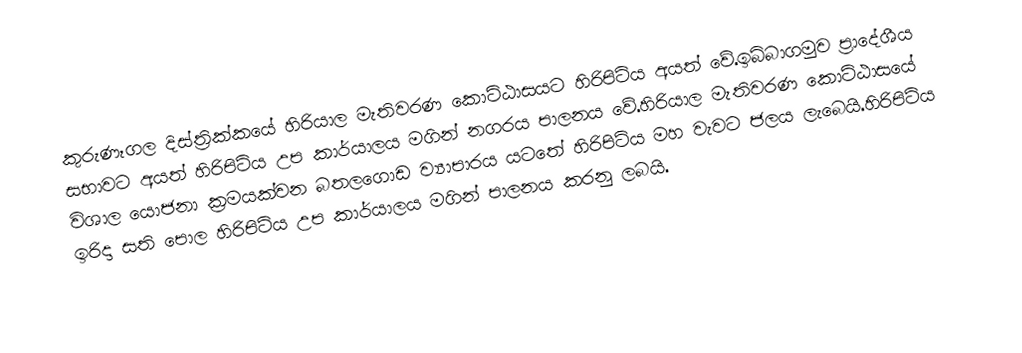
කුරුණෑගල දිස්ත්‍රික්කයේ හිරියාල මැතිවරණ කොට්ඨාසයට හිරිපිටිය අයත් වේ.ඉබ්බාගමුව ප්‍රාදේශීය සභාවට අයත් හිරිපිටිය උප කාර්යාලය මගින් නගරය පාලනය වේ.හිරියාල මැතිවරණ කොට්ඨාසයේ විශාල යොජනා ක්‍රමයක්වන බතලගොඩ ව්‍යාපාරය යටතේ හිරිපිටිය මහ වැවට ජලය ලැබෙයි.හිරිපිටිය ඉරිදා සති පොල හිරිපිටිය උප කාර්යාලය මගින් පාලනය කරනු ලබයි.